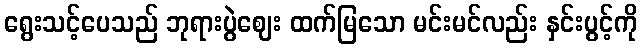
ရွေးသင့်ပေသည် ဘုရားပွဲဈေး ထက်မြသော မင်းမင်လည်း နှင်းပွင့်ကို